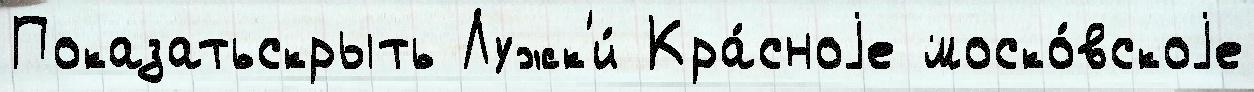
Показатьскрыть Лужк'и́ Кра́сноjе моско́вскоjе